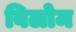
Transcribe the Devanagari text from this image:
बिलोम